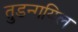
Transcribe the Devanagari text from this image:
तुडन्गयिल